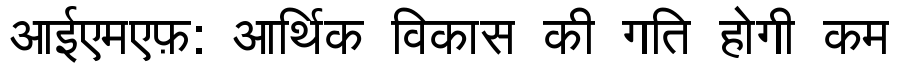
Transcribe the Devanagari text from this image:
आईएमएफ़: आर्थिक विकास की गति होगी कम